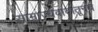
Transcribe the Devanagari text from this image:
साम्राज्यवादातूनच